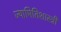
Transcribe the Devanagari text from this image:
ज्यामितिशास्त्री